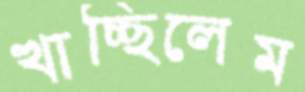
খাচ্ছিলেম